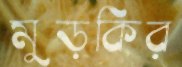
মুড়কির